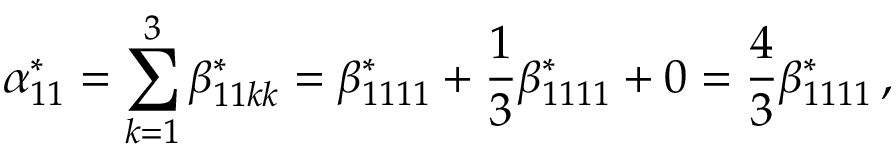
\alpha _ { 1 1 } ^ { * } = \sum _ { k = 1 } ^ { 3 } \beta _ { 1 1 k k } ^ { * } = \beta _ { 1 1 1 1 } ^ { * } + \frac { 1 } { 3 } \beta _ { 1 1 1 1 } ^ { * } + 0 = \frac { 4 } { 3 } \beta _ { 1 1 1 1 } ^ { * } \, ,